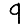
Digit: 9